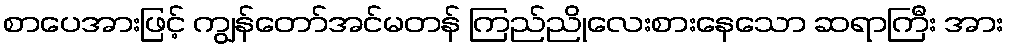
စာပေအားဖြင့် ကျွန်တော်အင်မတန် ကြည်ညိုလေးစားနေသော ဆရာကြီး အား